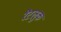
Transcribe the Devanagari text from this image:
रैटलुक